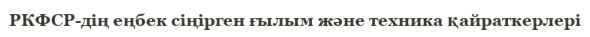
РКФСР-дің еңбек сіңірген ғылым және техника қайраткерлері